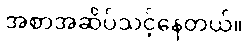
အစာအဆိပ်သင့်နေတယ်။